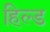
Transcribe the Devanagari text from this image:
हिल्ड